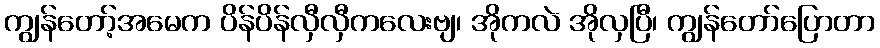
ကျွန်တော့်အမေက ပိန်ပိန်လှီလှီကလေးဗျ၊ အိုကလဲ အိုလှပြီ၊ ကျွန်တော်ပြောတာ